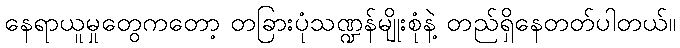
နေရာယူမှုတွေကတော့ တခြားပုံသဏ္ဍန်မျိုးစုံနဲ့ တည်ရှိနေတတ်ပါတယ်။